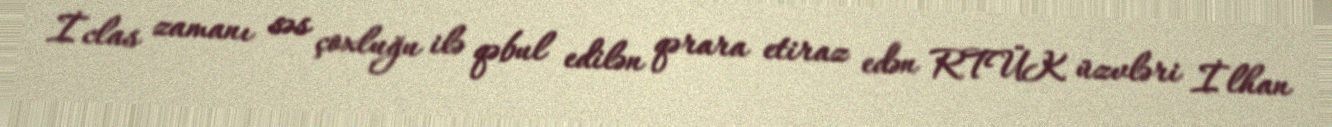
İclas zamanı səs çoxluğu ilə qəbul edilən qərara etiraz edən RTÜK üzvləri İlhan